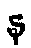
န